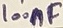
Text: 100nF